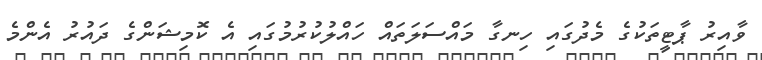
ވާއިރު ޕާޓީތަކުގެ މެދުގައި ހިނގާ މައްސަލަތައް ހައްލުކުރުމުގައި އެ ކޮމިޝަންގެ ދައުރު އެންމެ